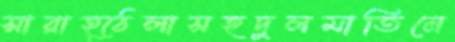
সারাহ্ঠেলাসহদুলমাতিনে